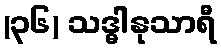
(၃၆) သဒ္ဓါနုသာရီ